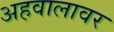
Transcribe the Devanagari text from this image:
अहवालावर